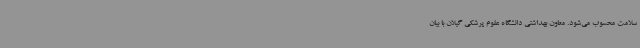
سلامت محسوب می‌شود. معاون بهداشتی دانشگاه علوم پرشکی گیلان با بیان